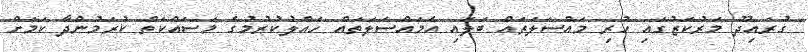
ގުރައިދޫ މަރުކަޒުގައި ހުރި މައްސަލަތައް ބަލައި އެމައްސަލަތައް ހައްލުކުރުމުގެ މަސައްކަތް ކުރަމުންދާ ކަމަށް